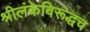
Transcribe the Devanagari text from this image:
श्रीलंकेविरूद्धच